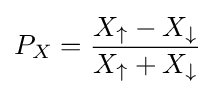
P_{X}={\frac {X_{\uparrow }-X_{\downarrow }}{X_{\uparrow }+X_{\downarrow }}}